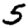
Digit: 5